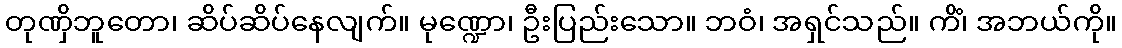
တုဏှိဘူတော၊ ဆိပ်ဆိပ်နေလျက်။ မုဏ္ဍော၊ ဦးပြည်းသော။ ဘဝံ၊ အရှင်သည်။ ကိံ၊ အဘယ်ကို။